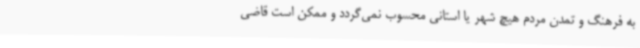
به فرهنگ و تمدن مردم هیچ شهر یا استانی محسوب نمی‌گردد و ممکن است قاضی